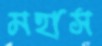
মহাস